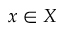
x \in X